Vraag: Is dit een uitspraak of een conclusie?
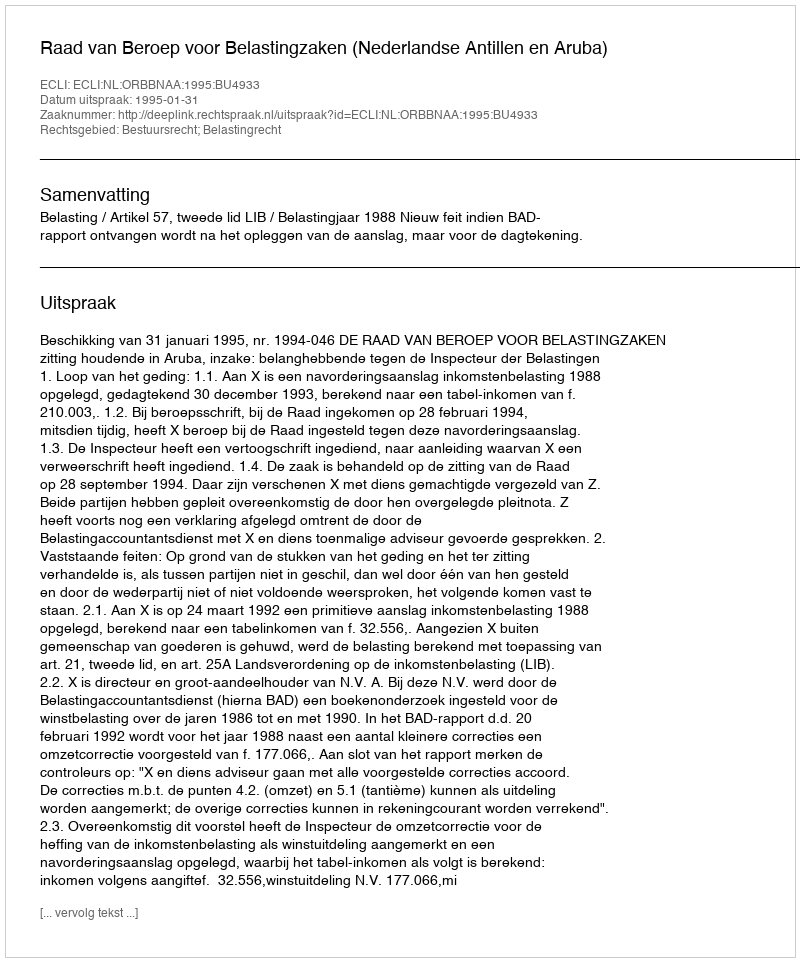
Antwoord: Uitspraak